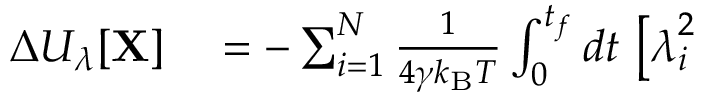
\begin{array} { r l } { \Delta U _ { \lambda } [ \mathbf { X } ] } & { { } = - \sum _ { i = 1 } ^ { N } \frac { 1 } { 4 \gamma k _ { \mathrm { B } } T } \int _ { 0 } ^ { t _ { f } } d t \, \left[ \boldsymbol { \lambda } _ { i } ^ { 2 } \right. } \end{array}